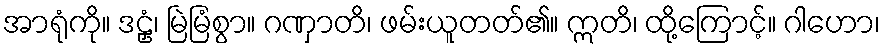
အာရုံကို။ ဒဠှံ၊ မြဲမြံစွာ။ ဂဏှာတိ၊ ဖမ်းယူတတ်၏။ ဣတိ၊ ထို့ကြောင့်။ ဂါဟော၊